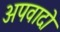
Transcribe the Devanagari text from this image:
अपवादो